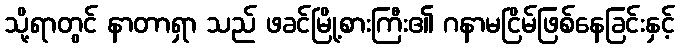
သို့ရာတွင် နာတာရှာ သည် ဖခင်မြို့စားကြီး၏ ဂနာမငြိမ်ဖြစ်နေခြင်းနှင့်